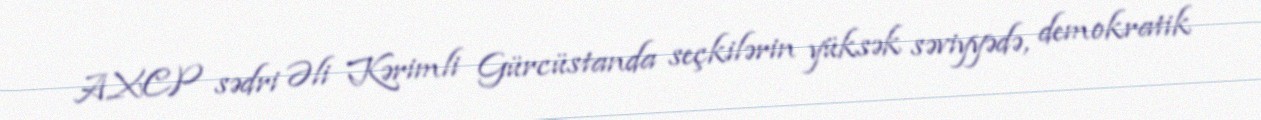
AXCP sədri Əli Kərimli Gürcüstanda seçkilərin yüksək səviyyədə, demokratik